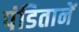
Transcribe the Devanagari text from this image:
पंडितानें